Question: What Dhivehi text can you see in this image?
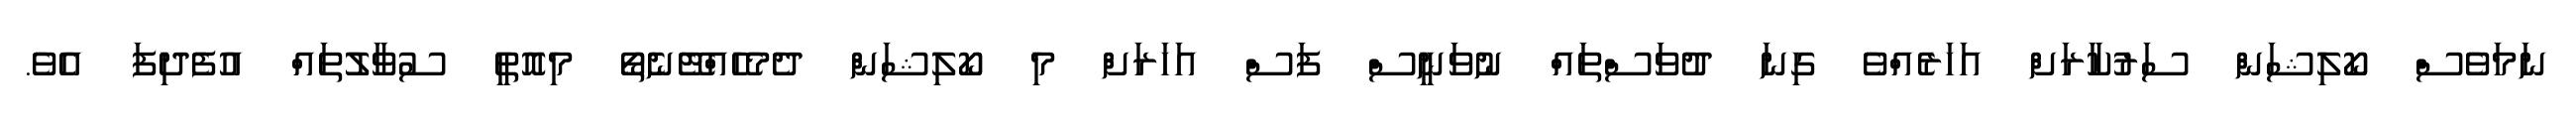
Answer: ނަމަވެސް ކޯލިޝަން ސަރުކާރަށް އަހަރެއްވެ ގިނަ ދުވަސްތައް ނުވަނީސް ފަސް އަހަރަށް މި ކޯލިޝަން ދެމެހެއްޓޭނެތޯ މިއޮތީ ސުވާލުތައް އުފެދިފަ އެވެ.